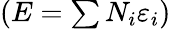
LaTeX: \left(E=\textstyle\sum N_{i}\varepsilon_{i}\right)